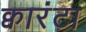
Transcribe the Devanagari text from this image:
क्वारंटा